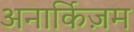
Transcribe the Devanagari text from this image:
अनार्किज़म